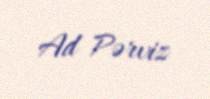
Ad Pərviz